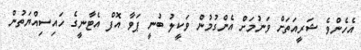
އެހެންވެ ޝަރީއަތަށް ވަނުމަށް އެންގުމުން ވަކީލު ބުނީ ޕަވާ އޮފް އެޓާނީގެ ހައިސިއްޔަތުން